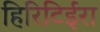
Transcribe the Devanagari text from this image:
हिरिटिईरा